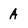
Character: A